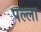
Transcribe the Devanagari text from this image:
पल्‍ला